Report on malaria in the Punjab during the year ...  together with an account of the work of the Punjab Malaria Bureau - Volume 1
Disease focus: Malaria
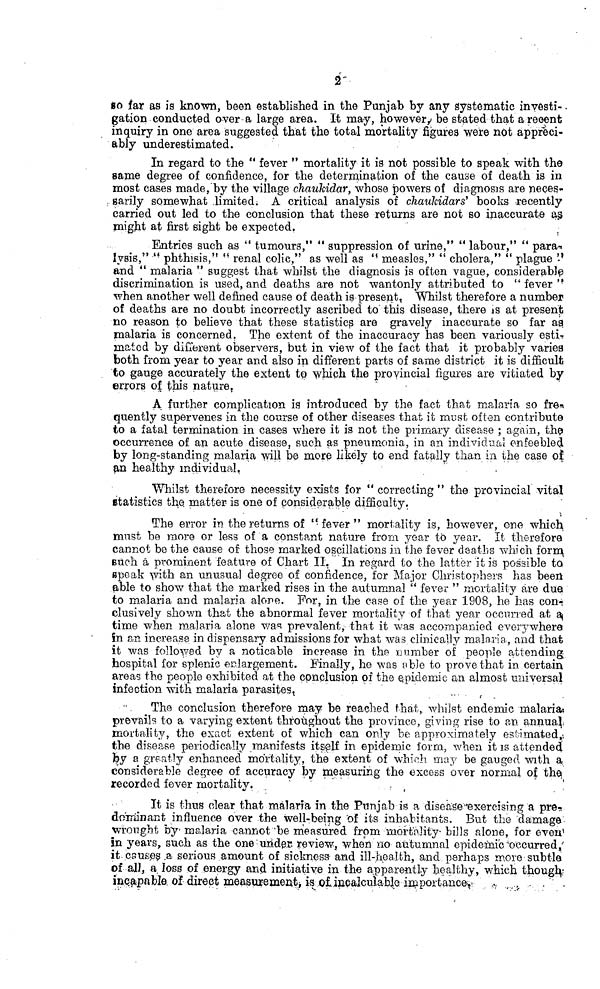
2
so far as is known, been established in the Punjab by any systematic investi-
gation conducted aver a large area. It may, however, be stated that a recent
inquiry in one area suggested that the total mortality figures were not appreci-
ably underestimated.
In regard to the " fever " mortality it is not possible to speak with the
same degree of confidence, for the determination of the cause of death is in
most cases made, by the village chaukidar, whose powers of diagnosis are neces-
sarily somewhat limited. A critical analysis of chaukidars' books -recently
carried out led to the conclusion that these returns are not so inaccurate as
might at first sight be expected.
Entries such as " tumours," "suppression of urine," "labour," " para-
lysis," " phthisis," "renal colic," as well as "measles," " cholera," " plague"
and " malaria " suggest that whilst the diagnosis is often vague, considerable
discrimination is used, and deaths are not wantonly attributed to " fever "
when another well defined cause of death is present, Whilst therefore a number
of deaths are no doubt incorrectly ascribed to this disease, there is at present
no reason to believe that these statistics are gravely inaccurate so far as
malaria is concerned. The extent of the inaccuracy has been variously esti-
mated by difierent observers, but in view of the fact that it probably varies
both from year to year and also in different parts of same district it is difficult
to gauge accurately the extent to which the provincial figures are vitiated by
errors of this nature.
A further complication is introduced by the fact that malaria so fre-
quently supervenes in the course of other diseases that it must often contribute
to a fatal termination in cases where it is not the primary disease ; again, the
occurrence of an acute disease, such as pneumonia, in an individual enfeebled
by long-standing malaria will be more likely to end fatally than in the case of
an healthy individual.
Whilst therefore necessity exists for " correcting " the provincial vital
statistics the. matter is one of considerable difficulty.
The error in the returns of '-fever" mortality is, however, one which,
must be more or less of a constant nature from year to year. It therefore
cannot be the cause of those marked oscillations in the fever deaths which form,
euch a prominent feature of Chart II. In regard to the latter it is possible to
speak with an unusual degree of confidence, for Major Christophers has been
able to show that the marked rises in the autumnal " fever " mortality are due
to malaria and malaria alore. For, in the case of the year 1908, he has con-
clusively shown that the abnormal fever mortality of that year occurred at a
time when malaria alone was prevalent, that it was accompanied every where
in an increase in dispensary admissions for what was clinically malaria, and that
it was followed by a noticable increase in the number of people attending
hospital for splenic enlargement. Finally, he was able to prove that in certain
areas the people exhibited at the conclusion of the epidemic an almost universal
infection with malaria parasites.
The conclusion therefore may be reached that, whilst endemic malaria
prevails to a varying extent throughout the province, giving rise to an annual
mortality, the exact extent of which can only be approximately estimated,
the disease periodically manifests itself in epidemic form, when it is attended
by a greatly enhanced mortality, the extent of which may be gauged with a,
considerable degree of accuracy by measuring the excess over normal of the
recorded fever mortality.
It is thus clear that malaria in the Punjab is a disease exercising a pre-
dominant influence over the well-being of its inhabitants. But the damage-
wrought by malaria cannot be measured from mortality bills alone, for even
in years, such as the one under review, when no autumnal epidemic occurred,
it. causes a serious amount of sickness and ill-health, and perhaps more subtle
of all, a Joss of energy and initiative in the apparently healthy, which though
incapable, of direct measurement is of incalculable importance.